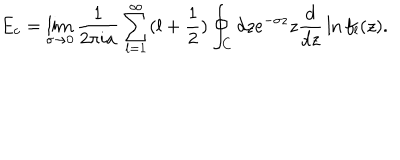
E _ { c } = \lim _ { \sigma \to 0 } { \frac { 1 } { 2 \pi i a } } \sum _ { l = 1 } ^ { \infty } ( l + { \frac { 1 } { 2 } } ) \oint _ { C } d z e ^ { - \sigma z } z { \frac { d } { d z } } \ln f _ { l } ( z ) .